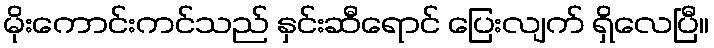
မိုးကောင်းကင်သည် နှင်းဆီရောင် ပြေးလျက် ရှိလေပြီ။